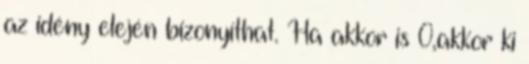
az idény elején bizonyíthat. Ha akkor is 0,akkor ki